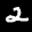
Label: 2